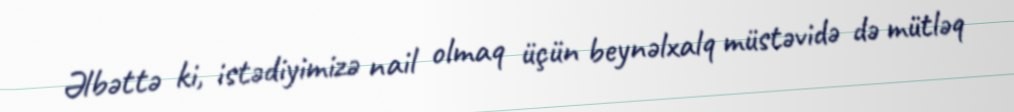
Əlbəttə ki, istədiyimizə nail olmaq üçün beynəlxalq müstəvidə də mütləq